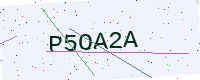
Text: P5OA2A